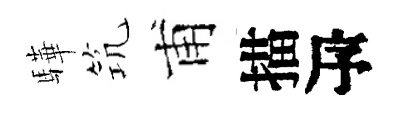
驊𥬑甫描瓴